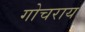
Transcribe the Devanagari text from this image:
गोचराय